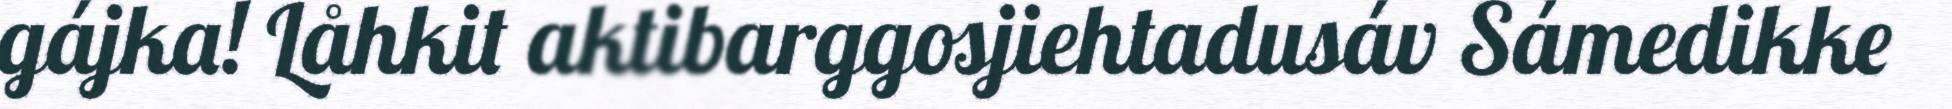
gájka! Låhkit aktibarggosjiehtadusáv Sámedikke